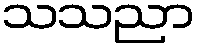
သသညာ